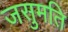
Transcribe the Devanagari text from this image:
जसुमति